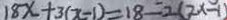
1 8 x + 3 ( x - 1 ) = 1 8 - 2 ( 2 x - 1 )